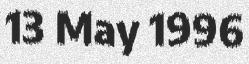
13 May 1996